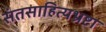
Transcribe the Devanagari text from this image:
संतसाहित्यभ्रष्टा